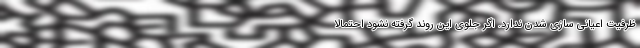
ظرفیت اعیانی سازی شدن ندارد. اگر جلوی این روند گرفته نشود احتمالا